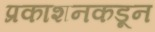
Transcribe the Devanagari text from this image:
प्रकाशनकडून